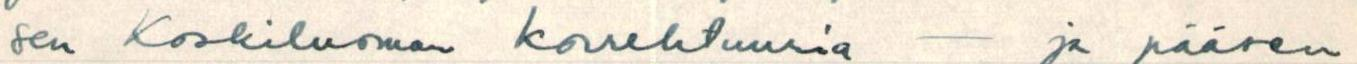
sen Koskiluoman korrektuuria - ja pääsen